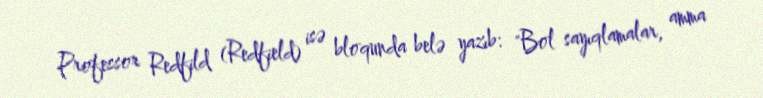
Professor Redfild (Redfield) isə bloqunda belə yazıb: "Bol sayıqlamalar, amma